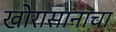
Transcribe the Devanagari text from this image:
खोरासानाचा